Indian journal of veterinary science and animal husbandry - Volume 2,
Year: 1932
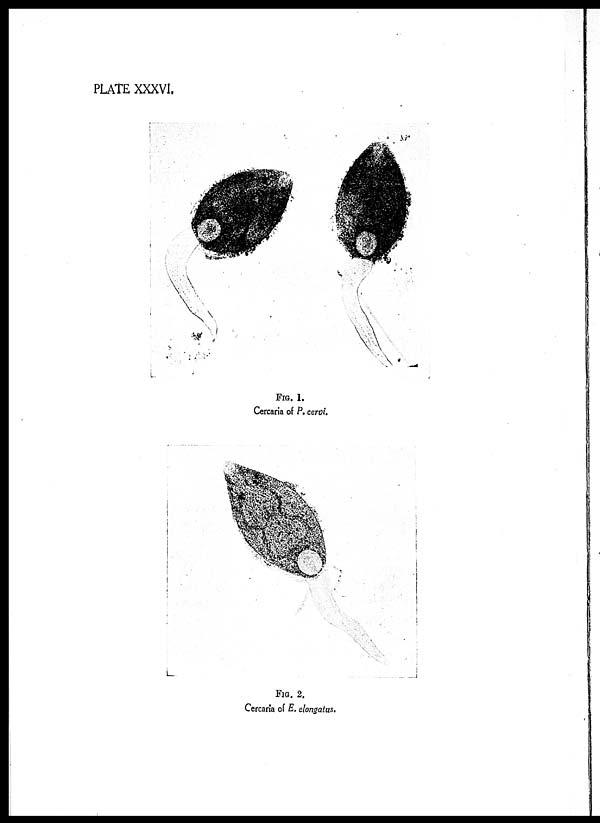
PLATE XXXVI.
FIG. 1.
Cercaria of P. cervi.
FIG. 2.
Cercaria of E. elongatus.